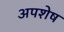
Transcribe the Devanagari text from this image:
अपशेष